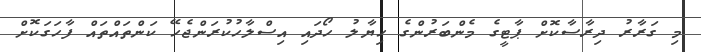
މި ގަރާރު ދިރާސާކޮށް ޕާޓީގެ މެންބަރުންގެ ހިޔާލު ހޯދައި އިސްލާހުކުރަންޖެހޭ ކަންތައްތައް ފާހަގަކޮށް